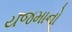
યજમાનો